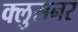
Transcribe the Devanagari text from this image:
क्लुसनर